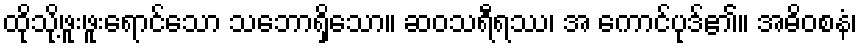
ထိုသို့ဖူးဖူးရောင်သော သဘောရှိသော။ ဆဝသရီရဿ၊ အ ကောင်ပုဒ်၏။ အဓိဝစနံ၊